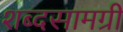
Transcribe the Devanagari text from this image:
शब्दसामग्री